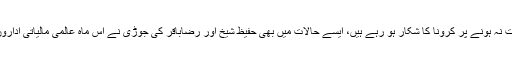
جب ملک میں کرونا وائرس ہر طرف پاؤں پھیلا رہا ہے، ڈاکٹرز اور پیرامیڈیکل سٹاف حفاظتی اقدامات نہ ہونے پر کرونا کا شکار ہو رہے ہیں، ایسے حالات میں بھی حفیظ شیخ اور رضاباقر کی جوڑی نے اس ماہ عالمی مالیاتی اداروں کو 278 ارب روپے (1.7 ارب ڈالر) غیر ملکی قرضوں کی واپسی کے نام پر باہر بھیج دئیے ہیں۔